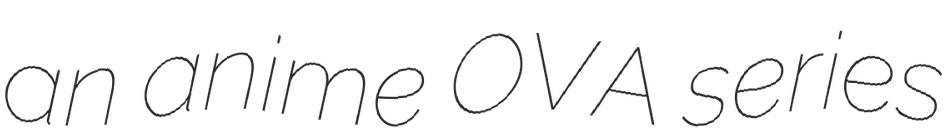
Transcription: an anime OVA series